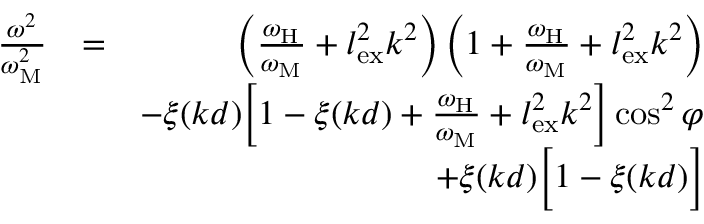
\begin{array} { r l r } { \frac { \omega ^ { 2 } } { \omega _ { \mathrm { M } } ^ { 2 } } } & { = } & { \left( \frac { \omega _ { \mathrm { H } } } { \omega _ { \mathrm { M } } } + l _ { \mathrm { e x } } ^ { 2 } k ^ { 2 } \right) \left( 1 + \frac { \omega _ { \mathrm { H } } } { \omega _ { \mathrm { M } } } + l _ { \mathrm { e x } } ^ { 2 } k ^ { 2 } \right) } \\ & { } & { - \xi ( k d ) \Big [ 1 - \xi ( k d ) + \frac { \omega _ { \mathrm { H } } } { \omega _ { \mathrm { M } } } + l _ { \mathrm { e x } } ^ { 2 } k ^ { 2 } \Big ] \cos ^ { 2 } { \varphi } } \\ & { } & { + \xi ( k d ) \Big [ 1 - \xi ( k d ) \Big ] } \end{array}